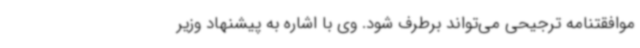
موافقتنامه ترجیحی می‌تواند برطرف شود. وی با اشاره به پیشنهاد وزیر